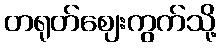
တရုတ်ဈေးကွက်သို့